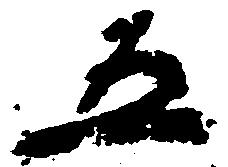
五